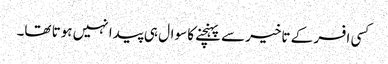
کسی افسر کے تاخیر سے پہنچنے کا سوال ہی پیدا نہیں ہوتا تھا۔